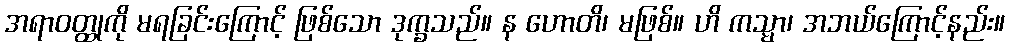
အရာဝတ္ထုကို မရခြင်းကြောင့် ဖြစ်သော ဒုက္ခသည်။ န ဟောတိ၊ မဖြစ်။ ဟိ ကသ္မာ၊ အဘယ်ကြောင့်နည်း။